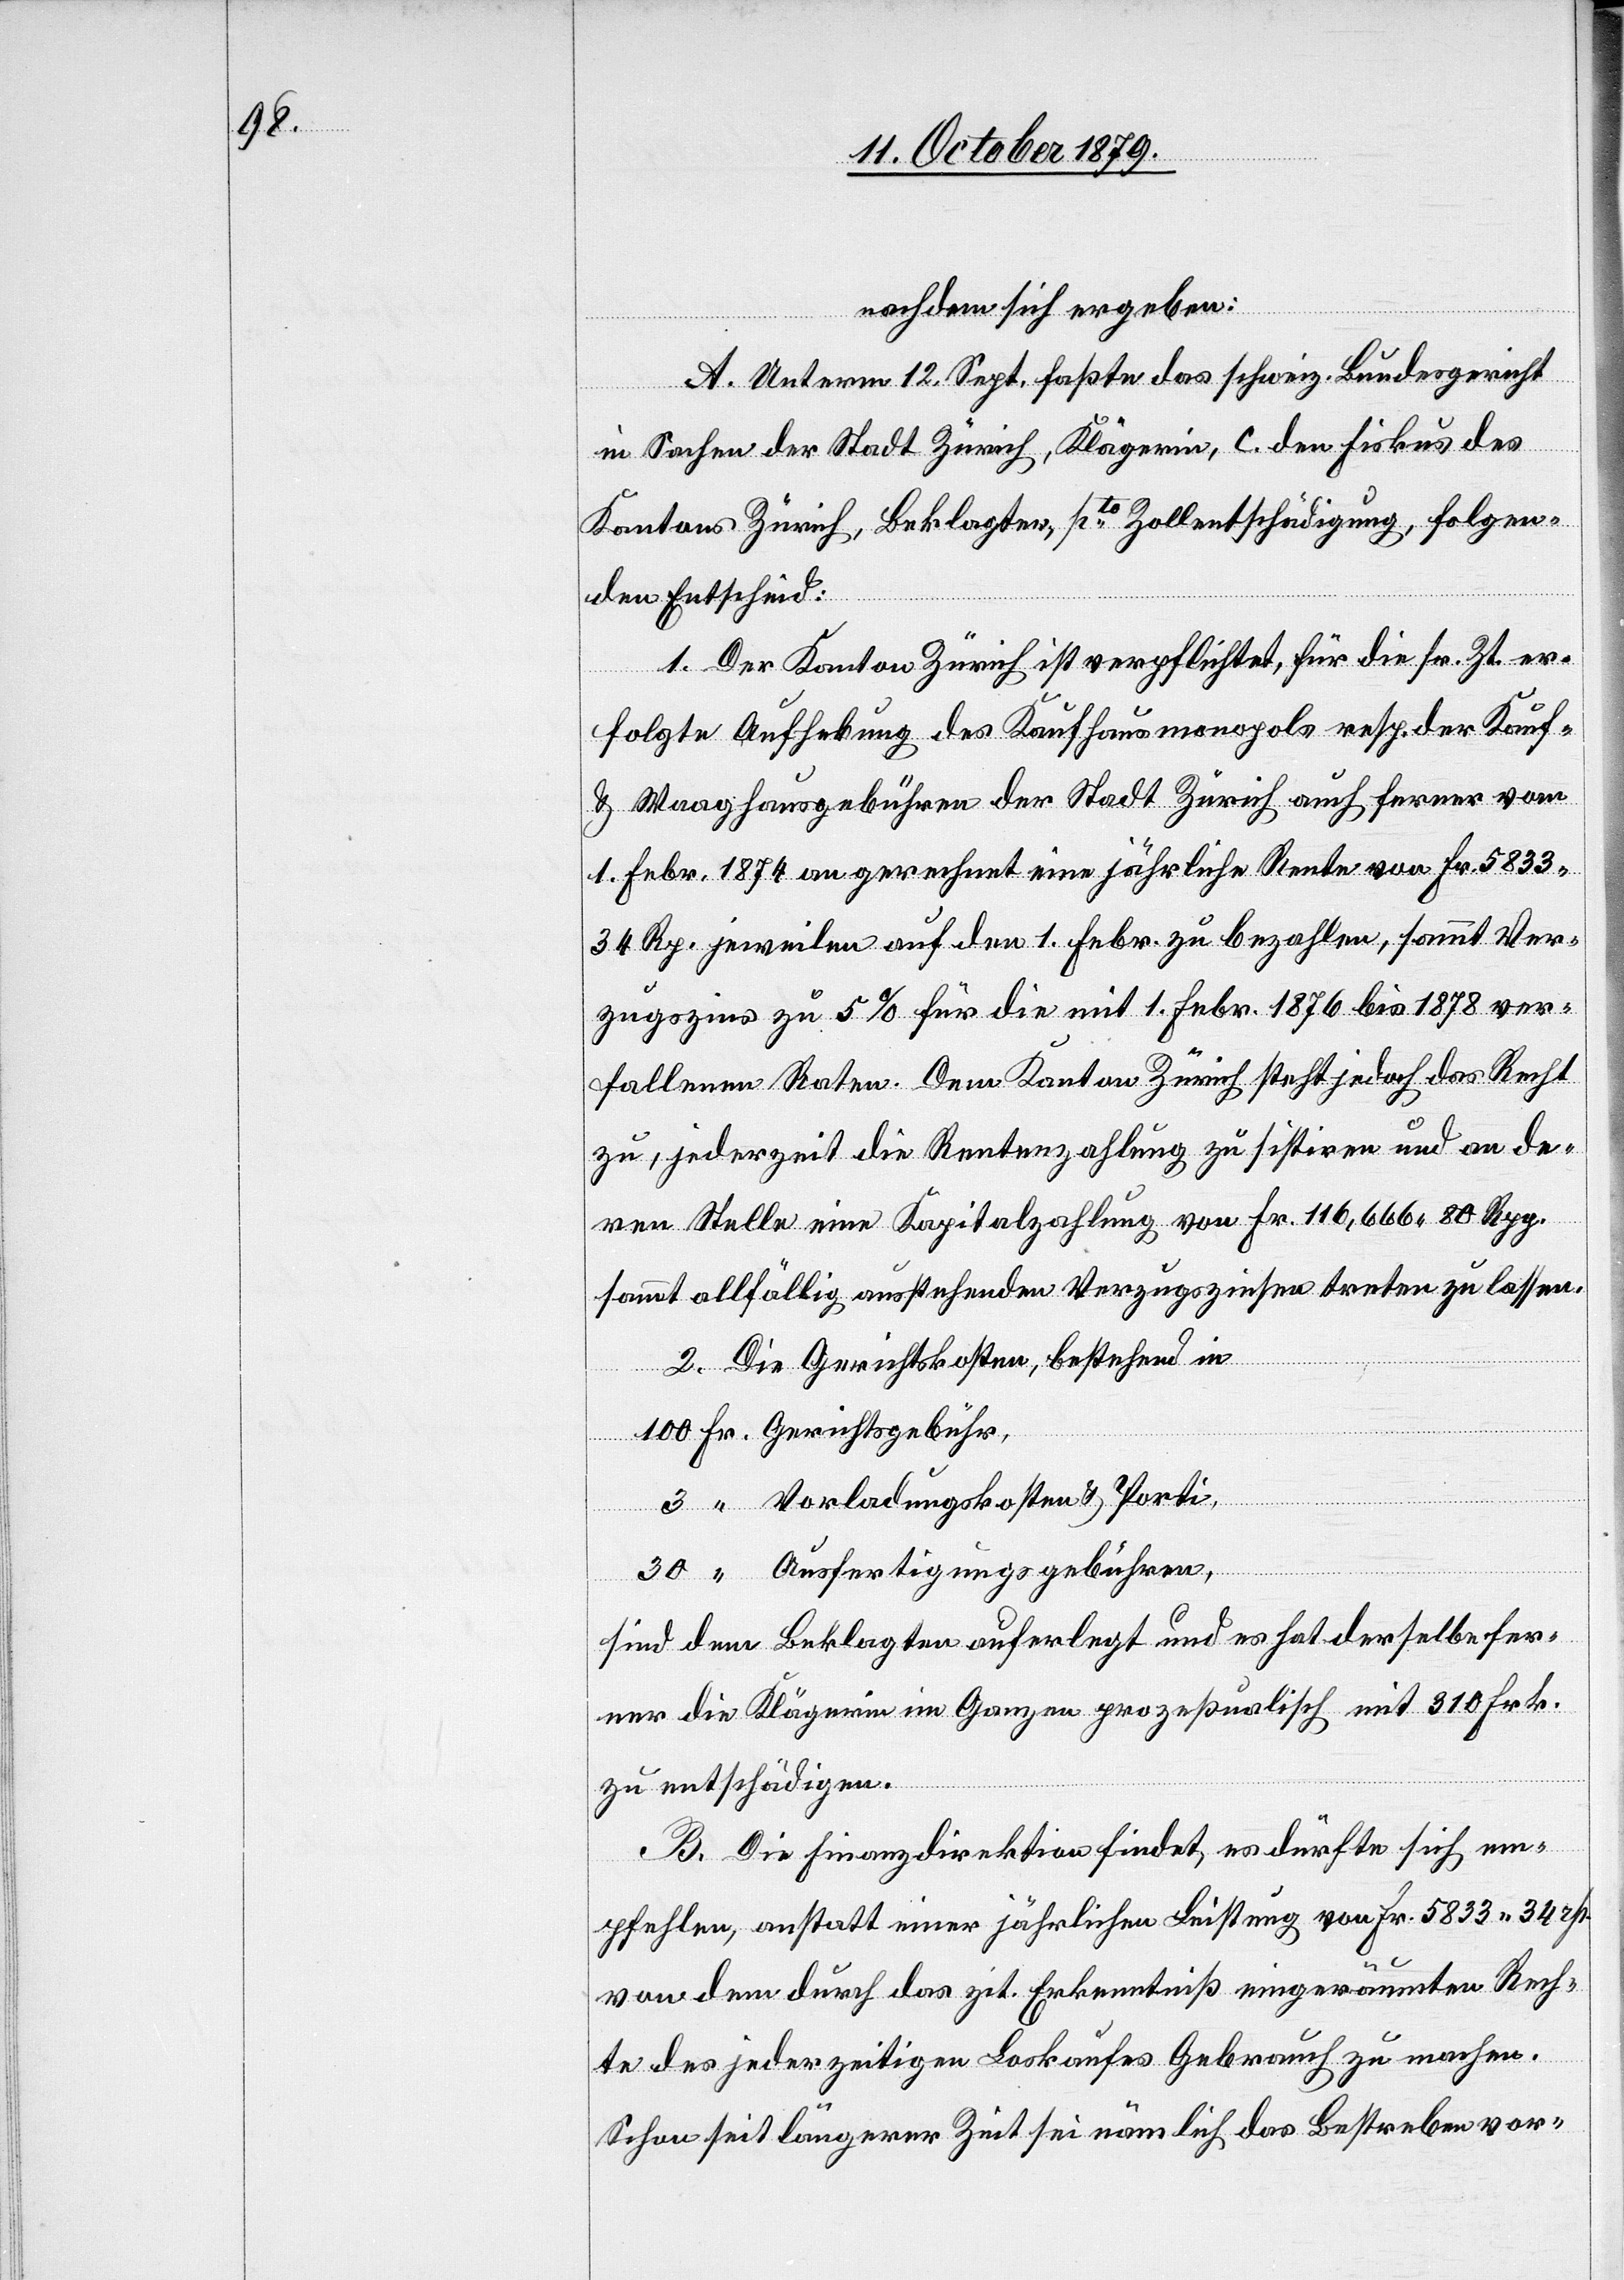
nachdem sich ergeben:
A. Unterm 18. Sept. faßte das schweiz. Bundesgericht
in Sachen der Stadt Zürich, Klägerin, C. den Fiskus des
Kantons Zürich, Beklagter, pto Zollentschädigung, folgen¬
den Entscheid:
1. Der Kanton Zürich ist verpflichtet, für die sr. Zt. er¬
folgte Aufhebung des Kaufhausmonopols resp. der Kauf-
& Waaghausgebühren der Stadt Zürich auch ferner vom
1. Febr. 1874 angerechnet eine jährliche Rente von Fr. 5833
34 Rp. jeweilen auf den 1. Febr. zu bezahlen, sammt Vor¬
zugszins zu 5 % für die mit 1. Febr. 1876 bis 1878 ver¬
fallenen Raten. Dem Kanton Zürich steht jedoch das Recht
zu, jederzeit die Rentenzahlung zu sistiren und an de¬
sammt allfällig ausstehenden Vorzugszinsen treten zu lassen.
von Fr.
2. Die Gerichtskosten, bestehend in
100 Fr. Gerichtsgebühr,
3 “ Vorladungskosten & Porti
30 “ Ausfertigungsgebühren,
sind dem Beklagten auferlegt und es hat derselbe fer¬
ner die Klägerin im Ganzen prozeßualisch mit 310 Frk.
zu entschädigen.
B. Die Finanzdirektion findet, es dürfte sich em¬
pfehlen, anstatt einer jährlichen Leistung von Fr. 5833 34 rp.
von dem durch das zit. Erkenntniß eingeräumten Rech¬
te des jederzeitigen Loskaufes Gebrauch zu machen.
Schon seit längerer Zeit sei nämlich das Bestreben vor-